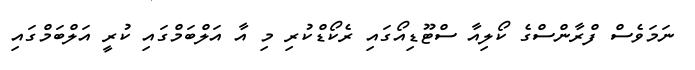
ނަމަވެސް ފްރާންސްގެ ކޯލިއާ ސްޓޫޑިއޯގައި ރެކޯޑްކުރި މި އާ އަލްބަމްގައި ކުރީ އަލްބަމްގައި